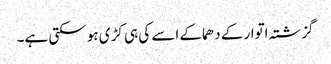
گزشتہ اتوار کے دھماکے اسے کی ہی کڑی ہو سکتی ہے۔